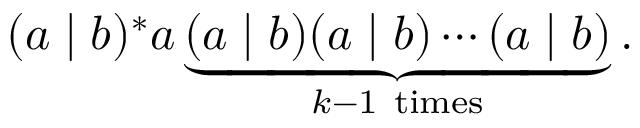
( a \mid b ) ^ { * } a \underbrace { ( a \mid b ) ( a \mid b ) \cdots ( a \mid b ) } _ { k - 1 { \mathrm { ~ t i m e s } } } .